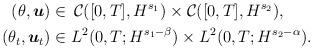
LaTeX: \begin{align*}(\theta, \boldsymbol u) &\in \,\mathcal C([0, T], H^{s_1})\times \mathcal C([0, T], H^{s_2}),\\(\theta_t, \boldsymbol u_t) &\in L^2(0, T; H^{s_1-\beta})\times L^2(0, T; H^{s_2-\alpha}).\\\end{align*}